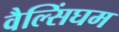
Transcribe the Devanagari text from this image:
वैल्सिंघम